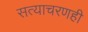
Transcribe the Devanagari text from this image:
सत्याचरणही